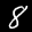
Label: 8